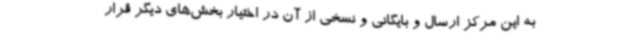
به این مرکز ارسال و بایگانی و نسخی از آن در اختیار بخش‌های دیگر قرار